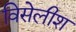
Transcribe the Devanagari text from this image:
विसेलीश